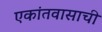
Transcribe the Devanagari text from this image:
एकांतवासाची